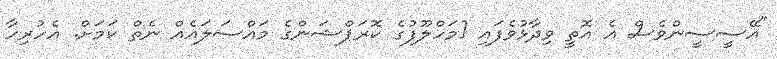
"އޭސީސީންވެސް އެ އޮތީ ވިދާޅުވެފައި [މަހްލޫފުގެ ކޮރަޕްޝަންގެ މައްސަލައެއް ނެތް ކަމަށް. އެހުރިހާ